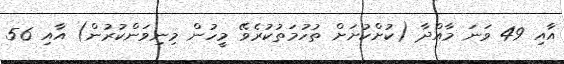
އާއި 49 ވަނަ މާއްދާ (ކުށްކުށަށް ތުހުމަތުކުރެވޭ މީހުން މިނިވަންކުރުން) އާއި 56